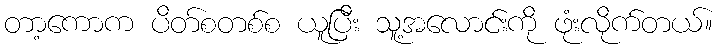
တာ့ကောက ပိတ်စတစ်စ ယူပြီး သူ့အလောင်းကို ဖုံးလိုက်တယ်။